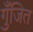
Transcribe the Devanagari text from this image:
गुँजित